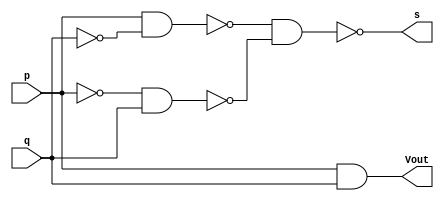
// ----------------------------------------------
// Guia 05_04 - Somador Completo 3 bits com nand
// Nome: Ludmily Caldeira da Silva
// ----------------------------------------------

// -------------------------------
// -- Somador Completo 3 bits
// -------------------------------

module MS (s, Vout, p, q);
 
output s, Vout;
input  p, q;
wire temp[0:8];

nand NAND1 (temp[0], p);
nand NAND2 (temp[1], temp[0], q);
nand NAND3 (temp[2], temp[1]);
nand NAND4 (temp[3], temp[2]);
nand NAND5 (temp[4], q);
nand NAND6 (temp[5], p, temp[4]);
nand NAND7 (temp[6], temp[5]);
nand NAND8 (temp[7], temp[6]);
nand NAND9 (s, temp[7], temp[3]);
nand NAND10 (temp[8], p, q);
nand NAND11 (Vout, temp[8]);

endmodule // MS

module ornand (s, p, q);

output s;
input p, q;
wire t1, t2;

nand NAND1(t1, p);
nand NAND2(t2, q);
nand NAND3(s, t1, t2);

endmodule // ornand

module SC (Soma1, Cout1, x1, y1, Cin);

output Cout1, Soma1;
input x1, y1, Cin;
wire t1, t2, t3;

MS MS1 (t2, t1, x1, y1);
MS MS2 (Soma1, t3, Cin, t2);
ornand Or1 (Cout1, t3, t1);

endmodule // SC

module SC3B (s, vout, a, b);

output vout; 
output [2:0]s;
input [2:0]a;
input [2:0]b; 
wire v0, v1;

MS MS1 (s[0], v0, a[0], b[0]);
SC SC1 (s[1], v1, a[1], b[1], v0);
SC SC2 (s[2], vout, a[2], b[2], v1);

endmodule // SC3B

// --------------------------------
// -- test Somador Completo 4 bits
// --------------------------------

module testSC3B;

reg [2:0]x;
reg [2:0]y;
wire [2:0]s;
wire cout;
integer j, k, linha;

// instancia 
SC3B SC3B1 (s, cout, x, y);

// parte principal

initial begin

x = 0;
y = 0;
j = 0;

end

 initial begin
      $display("\nguia05_04 - Ludmily Caldeira da Silva - 417290\n");
      $display("Test Somador Completo 3 bits com nand\n");
      $display("\n      a      b      Cout   Soma\n");
		
      $monitor("     %3b    %3b     %b     %3b" , x, y, cout, s);
		
		for (j = 0; j < 8; j = j + 1) begin
					
			#1 x = j; 
								
				for (k = 0; k < 8; k = k + 1) begin
		
					#1 y = k;
					
			   end
		
	   end
				
  end
 
endmodule // testSomadorCompleto4Bits 

/* Resultados obtidos

        
     ----jGRASP exec: vvp guia05-04.vvp
    
    
    guia05_04 - Ludmily Caldeira da Silva - 417290
    
    Test Somador Completo 3 bits com nand
    
    
          a      b      Cout   Soma
    
         000    000     0     000
         000    001     0     001
         000    010     0     010
         000    011     0     011
         000    100     0     100
         000    101     0     101
         000    110     0     110
         000    111     0     111
         001    111     1     000
         001    000     0     001
         001    001     0     010
         001    010     0     011
         001    011     0     100
         001    100     0     101
         001    101     0     110
         001    110     0     111
         001    111     1     000
         010    111     1     001
         010    000     0     010
         010    001     0     011
         010    010     0     100
         010    011     0     101
         010    100     0     110
         010    101     0     111
         010    110     1     000
         010    111     1     001
         011    111     1     010
         011    000     0     011
         011    001     0     100
         011    010     0     101
         011    011     0     110
         011    100     0     111
         011    101     1     000
         011    110     1     001
         011    111     1     010
         100    111     1     011
         100    000     0     100
         100    001     0     101
         100    010     0     110
         100    011     0     111
         100    100     1     000
         100    101     1     001
         100    110     1     010
         100    111     1     011
         101    111     1     100
         101    000     0     101
         101    001     0     110
         101    010     0     111
         101    011     1     000
         101    100     1     001
         101    101     1     010
         101    110     1     011
         101    111     1     100
         110    111     1     101
         110    000     0     110
         110    001     0     111
         110    010     1     000
         110    011     1     001
         110    100     1     010
         110    101     1     011
         110    110     1     100
         110    111     1     101
         111    111     1     110
         111    000     0     111
         111    001     1     000
         111    010     1     001
         111    011     1     010
         111    100     1     011
         111    101     1     100
         111    110     1     101
         111    111     1     110
    
     ----jGRASP: operation complete.
        
*/